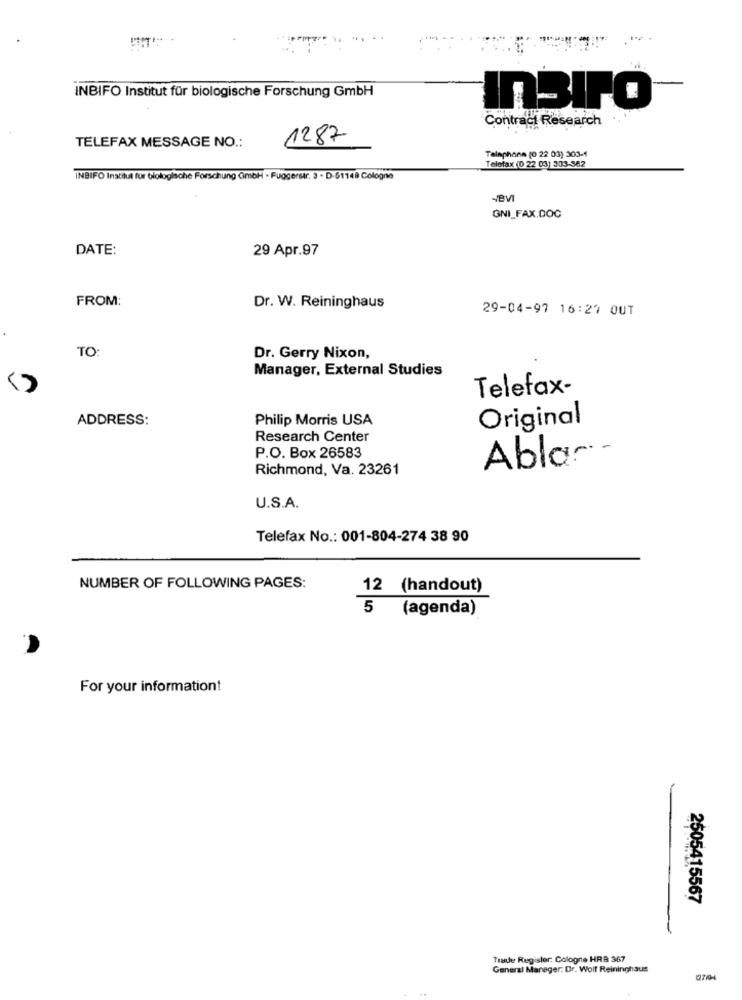
INBIFO Institut für biologische Forschung GmbH
InSPO
Contract Research
1287
TELEFAX MESSAGE NO .:
Telephone [0 22 03) 303-1
Telefax (0 22 03) 303-362
INBIFO Institut für biologische Forschung GmbH · Fuggerstr. 3 · D-51149 Cologne
4BVI
GNI_FAX.DOC
DATE:
29 Apr.97
FROM:
Dr. W. Reininghaus
29-04-97 16:27 OUT
TO:
Dr. Gerry Nixon,
Manager, External Studies
Telefax-
ADDRESS:
Philip Morris USA
Original
Research Center
P.O. Box 26583
Ablar -
Richmond, Va. 23261
U.S.A.
Telefax No .: 001-804-274 38 90
NUMBER OF FOLLOWING PAGES:
12 (handout)
5
(agenda)
For your information!
2505415567
Trade Register: Cologne HRB 367
General Manager. Dr. Wolf Reininghaus